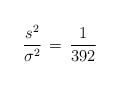
\begin{align*}\frac{s^2}{\sigma^2} \, = \, \frac{1}{392} \end{align*}